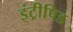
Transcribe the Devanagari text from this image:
इंट्रीपिड